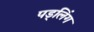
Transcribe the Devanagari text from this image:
पड्लिंग